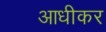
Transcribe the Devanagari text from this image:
आधीकर